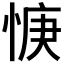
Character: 𫺝